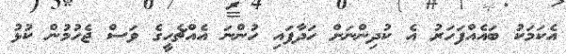
އެކަމަކު ބައެއްފަހަރު އެ ކުދިންނަށް ހަދާފައި ހުންނަ އެއްޗެހީގެ ވަސް ޖެހުމުން ކުޅު